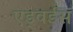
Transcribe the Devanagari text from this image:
एड्वर्डस